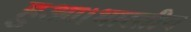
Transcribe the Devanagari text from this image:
हुआ।भारतीय